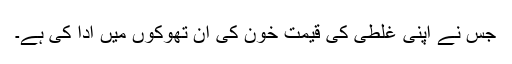
جس نے اپنی غلطی کی قیمت خون کی ان تھوکوں میں ادا کی ہے۔